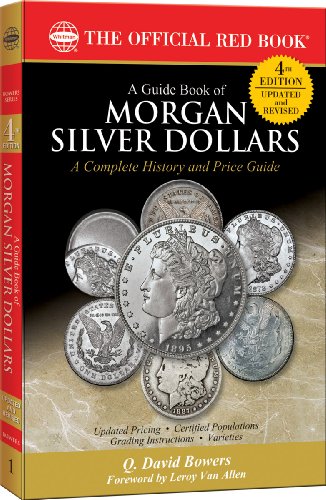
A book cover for A Guide Book of Morgan Silver Dollars (Official Red Book); Q. David Bowers; Crafts, Hobbies & Home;